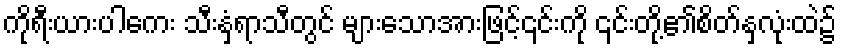
ကိုရီးယားပါကေး သီးနှံရာသီတွင် များသောအားဖြင့်၎င်းကို ၎င်းတို့၏စိတ်နှလုံးထဲ၌